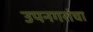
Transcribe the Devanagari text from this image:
उपनगरांचा